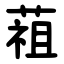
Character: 䔃